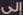
إلى